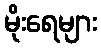
မိုးရေများ